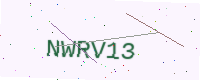
Text: NWRV13